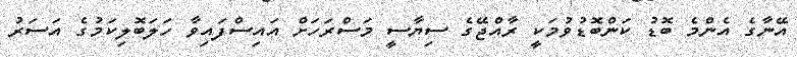
އޭނާގެ އެންމެ ބޮޑު ކަންބޮޑުވުމަކީ ރާއްޖޭގެ ސިޔާސީ މަސްރަހަށް އައިސްފައިވާ ހަލަބޮލިކަމުގެ އަސަރު